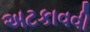
અટકાવવી